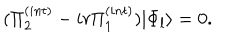
( \Pi _ { 2 } ^ { ( i n t ) } - i r \Pi _ { 1 } ^ { ( i n t ) } ) | \Phi _ { l } \rangle = 0 .